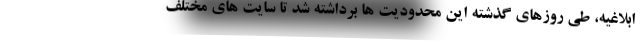
ابلاغیه، طی روزهای گذشته این محدودیت ها برداشته شد تا سایت های مختلف